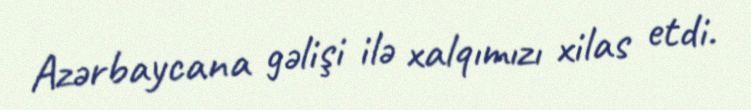
Azərbaycana gəlişi ilə xalqımızı xilas etdi.